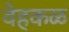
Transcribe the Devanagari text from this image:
वेहकळ